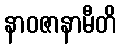
နာဝဇာနာမီတိ